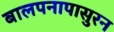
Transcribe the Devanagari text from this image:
बालपनापासुरन